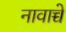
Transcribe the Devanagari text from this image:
नावाच्चे